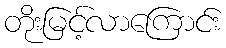
တိုးမြင့်လာကြောင်း